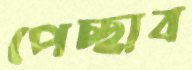
পেচ্ছাব